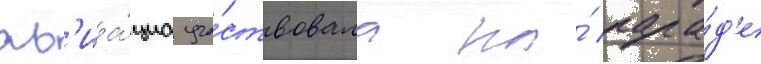
Ав'иа́циа уча́ствовала на́ пара́д'е